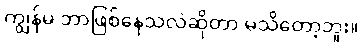
ကျွန်မ ဘာဖြစ်နေသလဲဆိုတာ မသိတော့ဘူး။